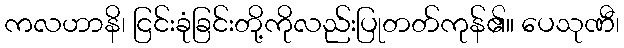
ကလဟာနိ၊ ငြင်းခုံခြင်းတို့ကိုလည်းပြုတတ်ကုန်၏။ ပေသုဏီ၊